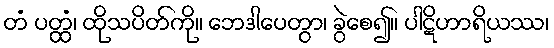
တံ ပတ္ထံ၊ ထိုသပိတ်ကို။ ဘေဒါပေတွာ၊ ခွဲစေ၍။ ပါဋိဟာရိယဿ၊